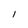
Character: 1